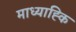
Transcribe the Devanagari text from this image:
माध्याह्कि